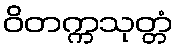
ဝိတက္ကသုတ္တံ